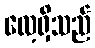
လေ့ရှိသည်